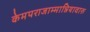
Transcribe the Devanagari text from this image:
केमपराजाम्मान्नियावारु